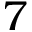
7